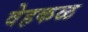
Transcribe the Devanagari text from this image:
वेहकळ